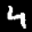
Label: 4